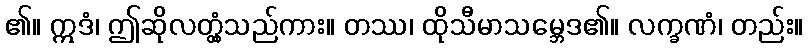
၏။ ဣဒံ၊ ဤဆိုလတ္တံ့သည်ကား။ တဿ၊ ထိုသီမာသမ္ဘေဒ၏။ လက္ခဏံ၊ တည်း။